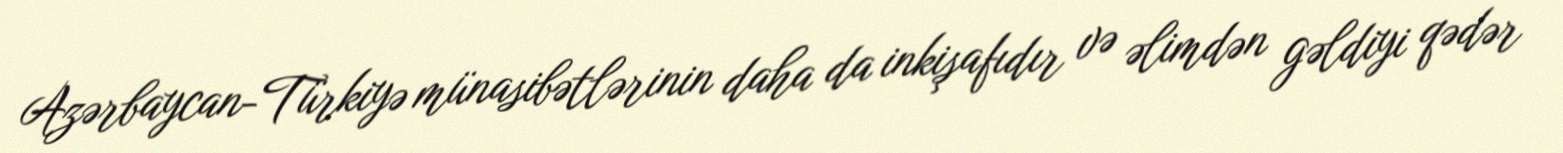
Azərbaycan-Türkiyə münasibətlərinin daha da inkişafıdır və əlimdən gəldiyi qədər